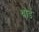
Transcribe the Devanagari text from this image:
थोडें